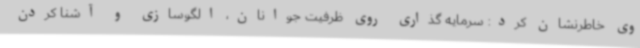
وی خاطرنشان کرد: سرمایه گذاری روی ظرفیت جوانان، الگوسازی و آشنا کردن